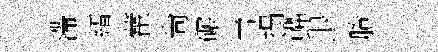
滯縉藿尙碾電搨蟬退賸